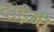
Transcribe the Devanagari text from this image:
दौड़ेगी